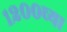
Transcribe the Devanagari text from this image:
१२००च्या